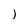
Character: l